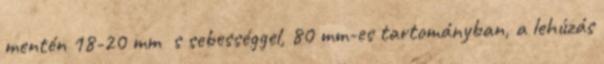
mentén 18-20 mm s sebességgel, 80 mm-es tartományban, a lehúzás